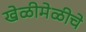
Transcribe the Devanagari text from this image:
खेळीमेळीचे